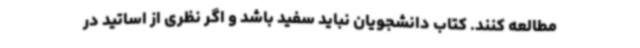
مطالعه کنند. کتاب دانشجویان نباید سفید باشد و اگر نظری از اساتید در